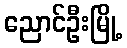
ညောင်ဦးမြို့